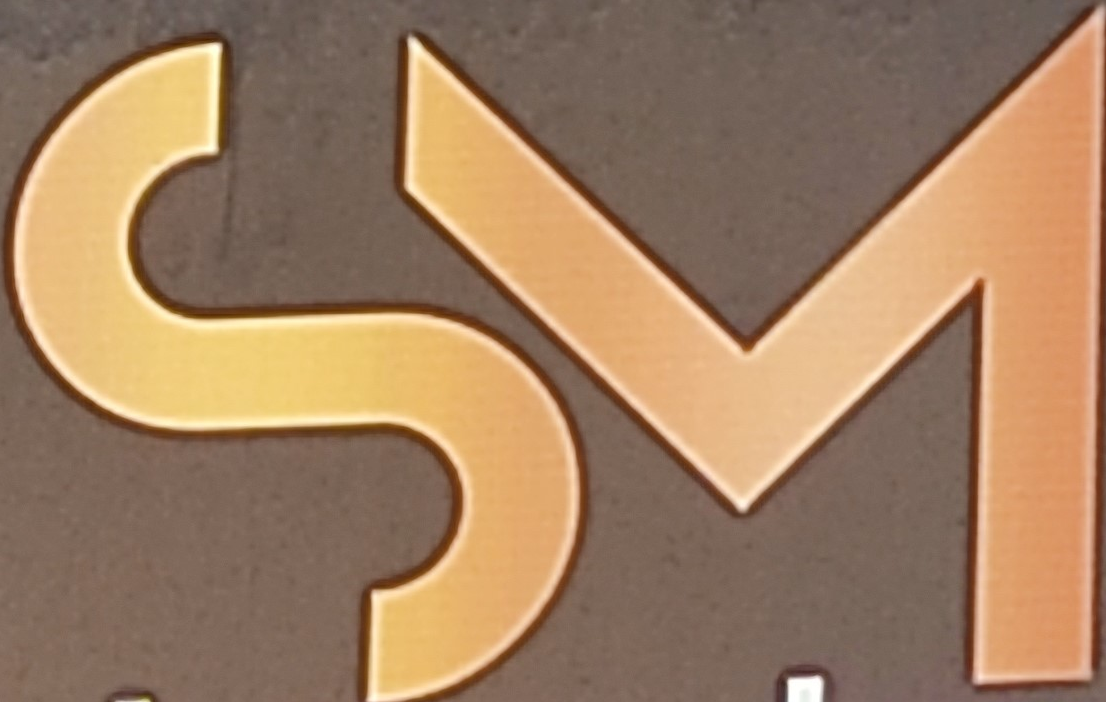
SM